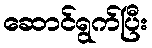
ဆောင်ရွက်ပြီး